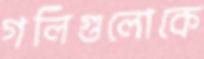
গলিগুলোকে